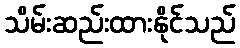
သိမ်းဆည်းထားနိုင်သည်